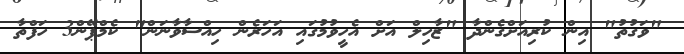
"ވަގުތު" އިން ކުރިއަށްގެންދާ "ޒާހިލް އަށް އެހީވުމުގައި އަހަރެން ހިއްސާވާނަން" ކެމްޕޭން3 ހަފްތާ